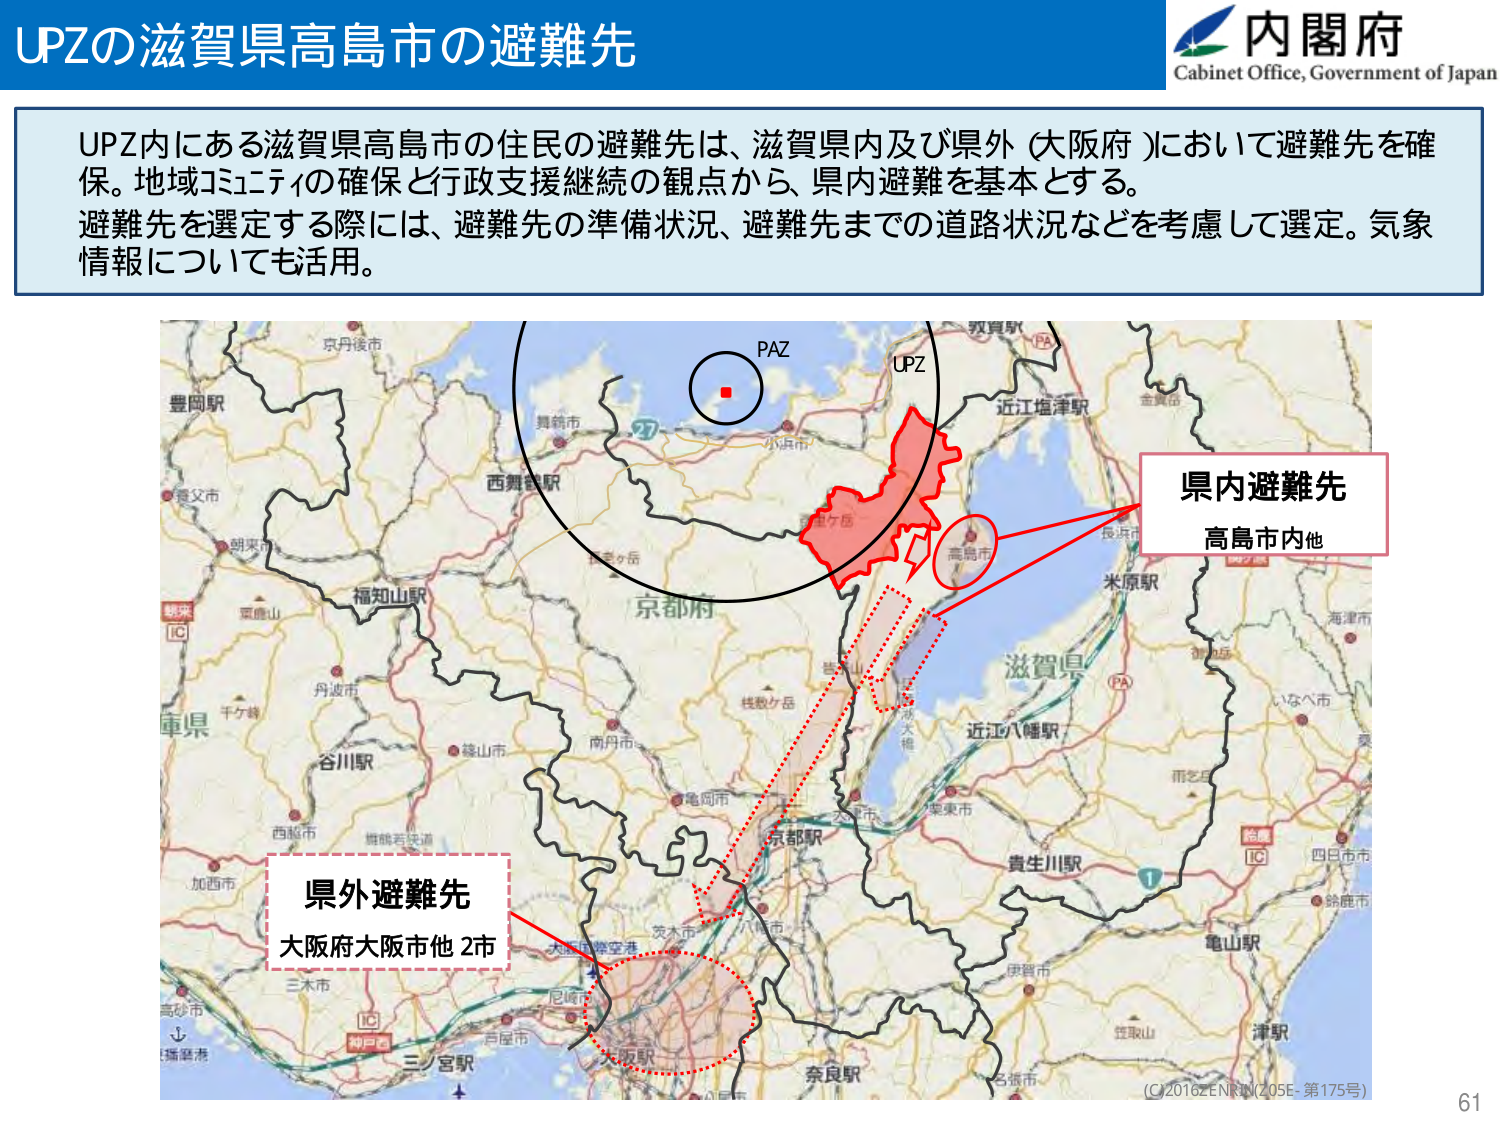
UPZの滋賀県高島市の避難先

内閣府
Cabinet Office, Government of Japan

UPZ内にある滋賀県高島市の住民の避難先は、滋賀県内及び県外（大阪府）において避難先を確保。地域コミュニティの確保と行政支援継続の観点から、県内避難を基本とする。
避難先を選定する際には、避難先の準備状況、避難先までの道路状況などを考慮して選定。気象情報についても活用。

PAZ
UPZ
京丹後市
豊岡駅
舞鶴市
西舞鶴駅
小浜市
京都府
福知山駅
丹波市
谷川駅
峰山市
南丹市
亀岡市
加西市
西脇市
播磨港
高砂市
三木市
尼崎市
三ノ宮駅
大阪駅
大阪国際空港
大阪府
奈良駅
名張市
伊賀市
貴生川駅
近江八幡駅
滋賀県
米原駅
長浜市
彦根市
東近江市
守山市
大津市
栗東市
草津市
守山市
彦根市
近江塩津駅
敦賀駅
金森岳
海津市
いなべ市
四日市市
鈴鹿市
亀山駅
津駅
笠取山
県内避難先
高島市内他
県外避難先
大阪府大阪市他 2市
(C)2016 ZENRIN (Z05E-第175号)
61